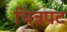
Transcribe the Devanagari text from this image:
चित्रपट